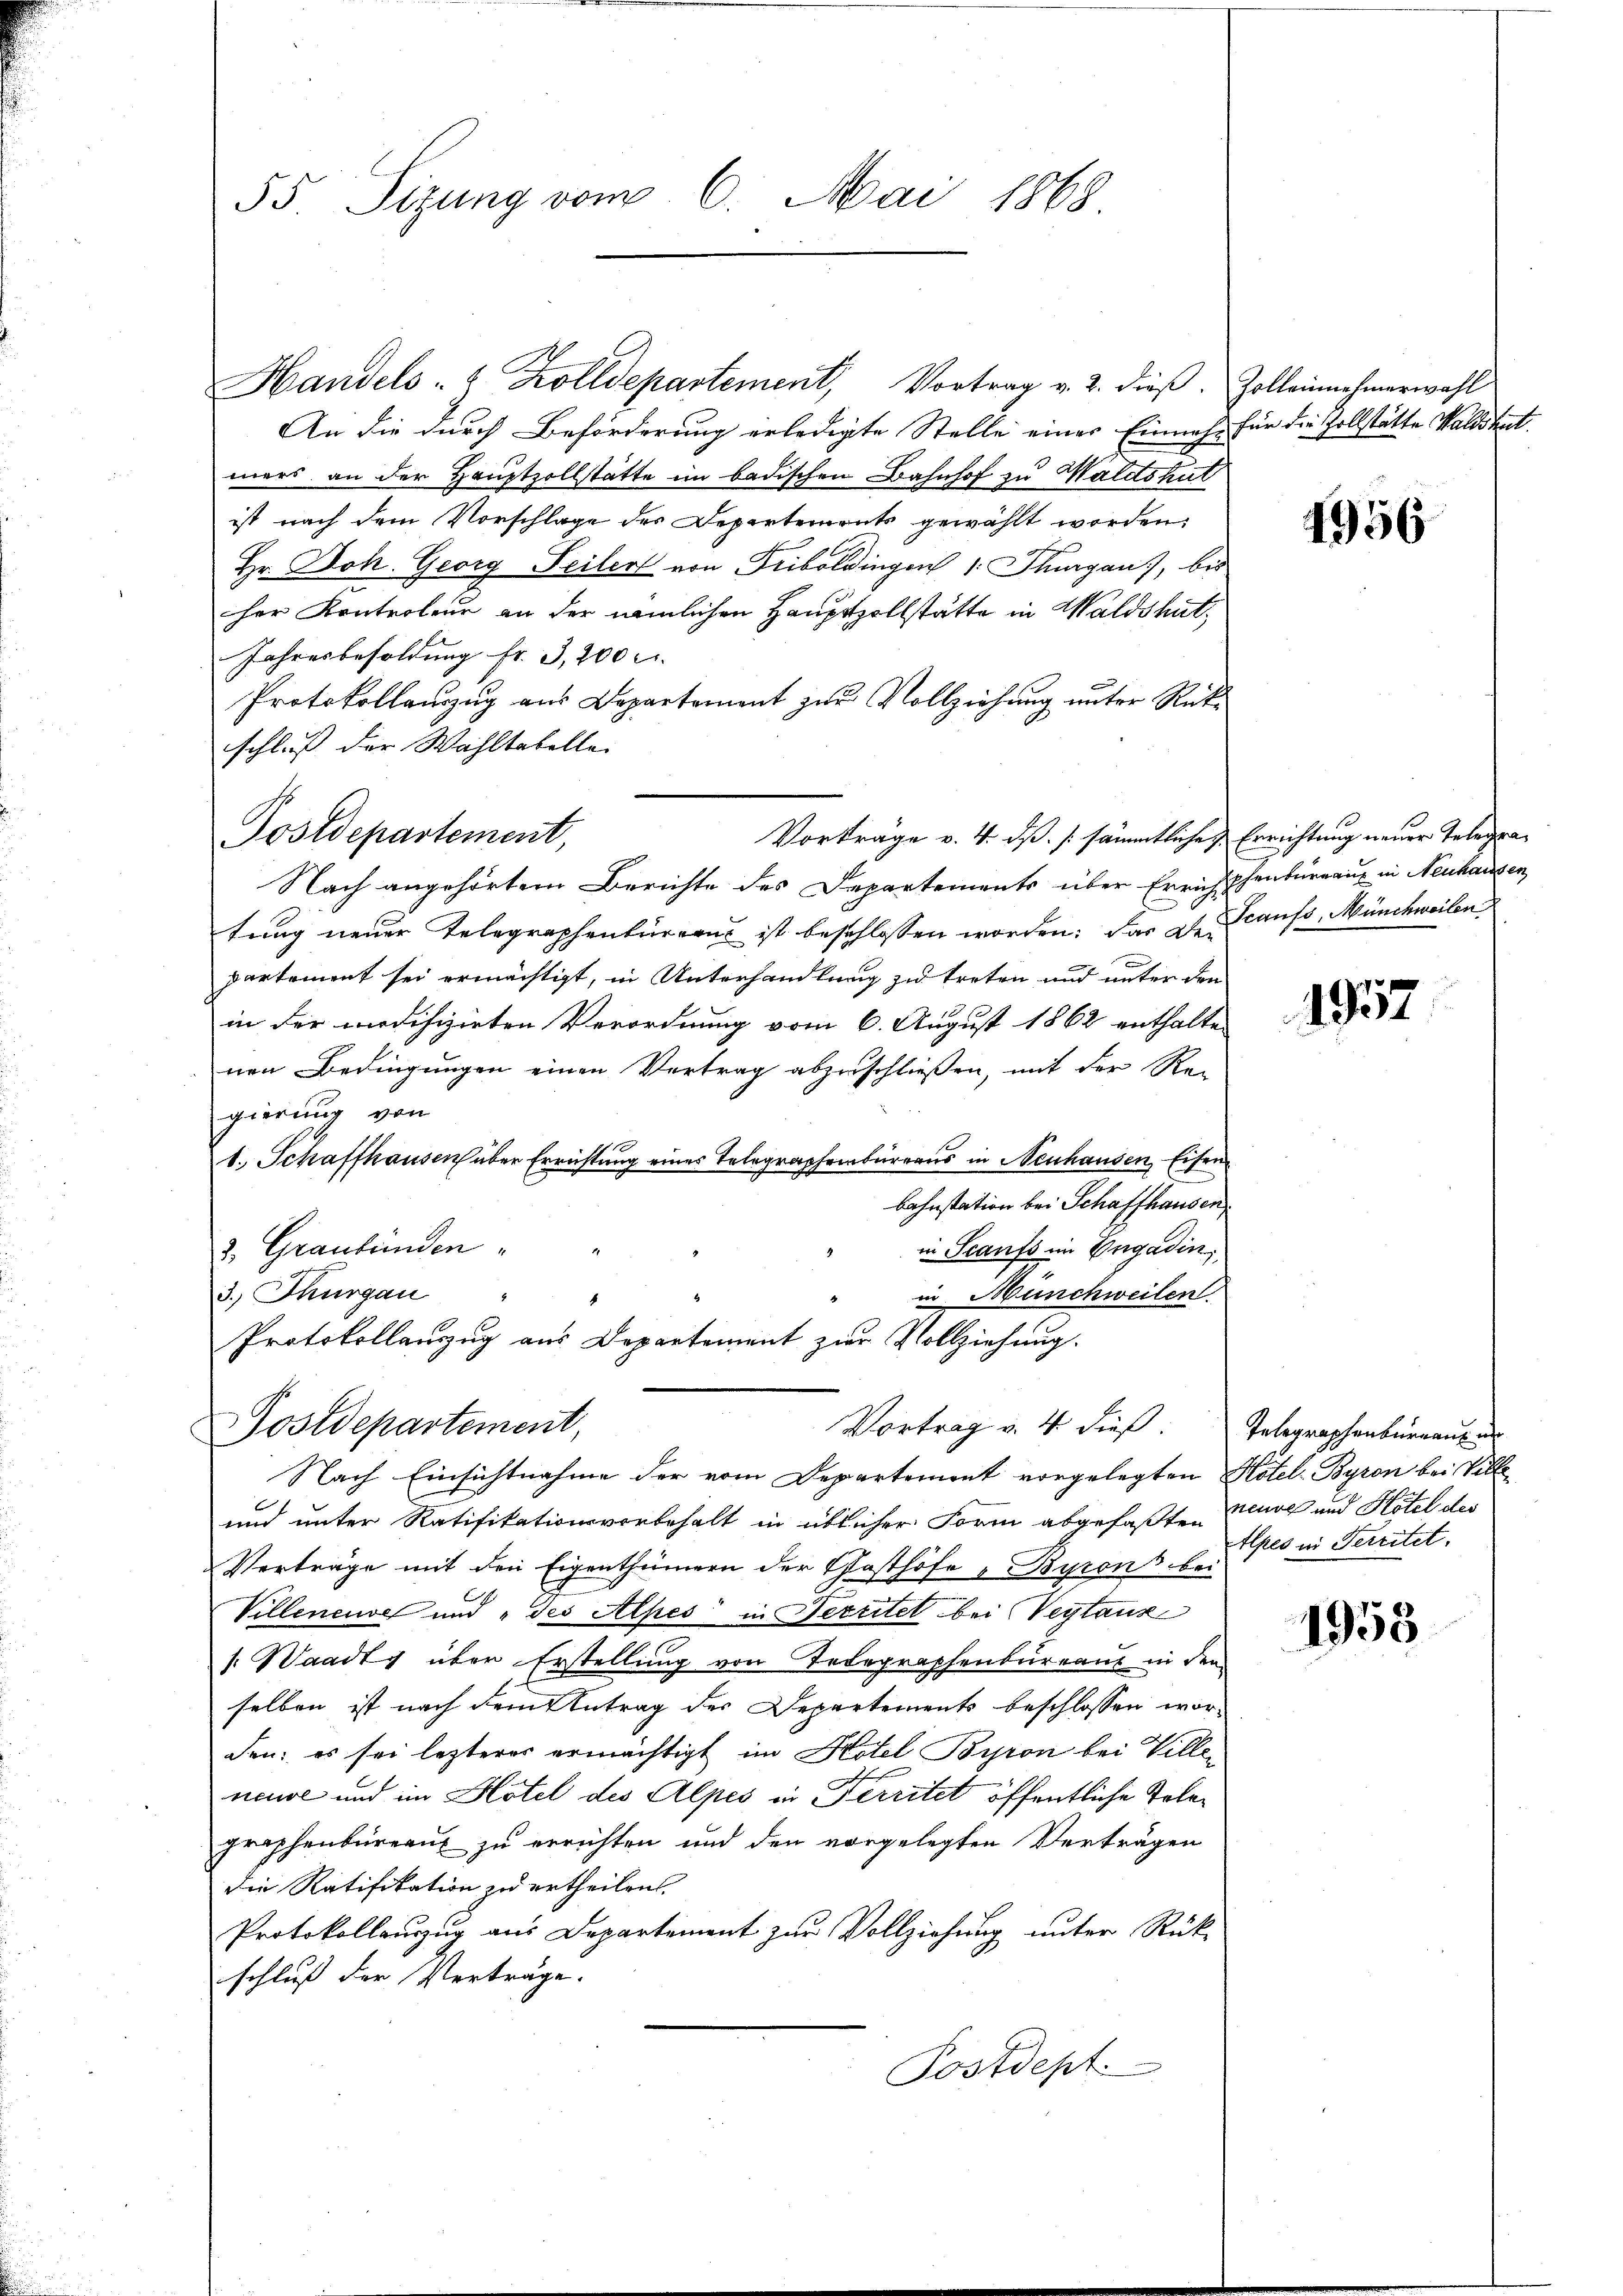
55 Sizung vom 6. Mai 1868

Postdepartement,

Handels- & Zolldepartement, Vortrag v. 2. dieβ. Zolleinnehmerwahl
An die durch Beförderung erledigte Stelle eines Einnahe für die Zollstätte Walddant
mers an der Hauptzollstatte im badischen Bahnhof zu Waldshut
ist nach dem Vorschlage des Departements gewählt worden,
Hr. Joh. Georg Seiler von Friboldingen (: Thurgau, bis
her Kontroleur an der nämlichen Hauptzollstätte in Waldshut,
Jahresbesoldung fr. 3,200
Protokollauszug aus Departement zur Vollziehung unter Rückschluß der Wahltabelle.
Vorträge v. 4. dß. / sämmtliche Errichtung neuer Telegra¬
Nach angehörtem Berichte des Departements über Errichthenbureau in Neuhausen,
tung neuer Telegraphenbüreau ist beschlossen worden: das de caus, Münchweilen
partement sei ermächtigt, in Unterhandlung zu treten und unter den
in der modifizirten Verordnung vom 6. August 1862 enthalte
nen Bedingungen einen Vertrag abzuschließen, mit der Re-
gierung von
110
1. Schaffhausen über Errichtung eines Telegraphenbureaus in Neuhausen Eisen
bahnstation bei Schaffhausen,
2. Graubünden
in Staufs im Engadin,
3.) Thurgau
in Münchweilen
Protokollauszug aus Departement zur Vollziehung.
Postdepartement,
Vortrag u. 4 dieß. Telegraphenbureaus e
Nach Einsichtnahme der vom Departement vorgelegten Hotel-Byron bei Ville
und unter Ratifikationsvorbehalt in üblicher Form abgefaßten Karl und Hotel des
Verträge mit den Eigenthümern der Gasthöfe " Byrons u. so in Territet.
Villeneuve und „des Alpes in Bereitet bei Verstanz
s. Waadt über Erstellung von Telegraphenbureaus in den
selben ist nach dem Antrag des Departements beschlossen worden; es sei lezteres ermächtigt im Hotel Bipon bei Villen
ncuse und im Hotel des Alpes in Territet öffentliche Telegrophenbüreau zu errichten und den vorgelegten Verträgen
die Ratifikation zu ertheilen.
Protokollauszug aus Departement zur Vollziehung unter Rück
schluß der Verträge.
Postdept

4956

1957

1953